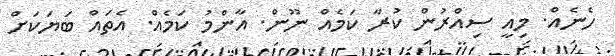
ހެނެއް. މިއީ ސިއްރުން ކުރާ ކަމެއް ނޫން. އާންމު ކަމެއް. އެތައް ބަޔަކަށް